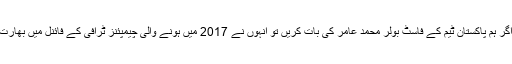
اگر ہم پاکستان ٹیم کے فاسٹ بولر محمد عامر کی بات کریں تو انہوں نے 2017 میں ہونے والی چیمپئنز ٹرافی کے فائنل میں بھارت